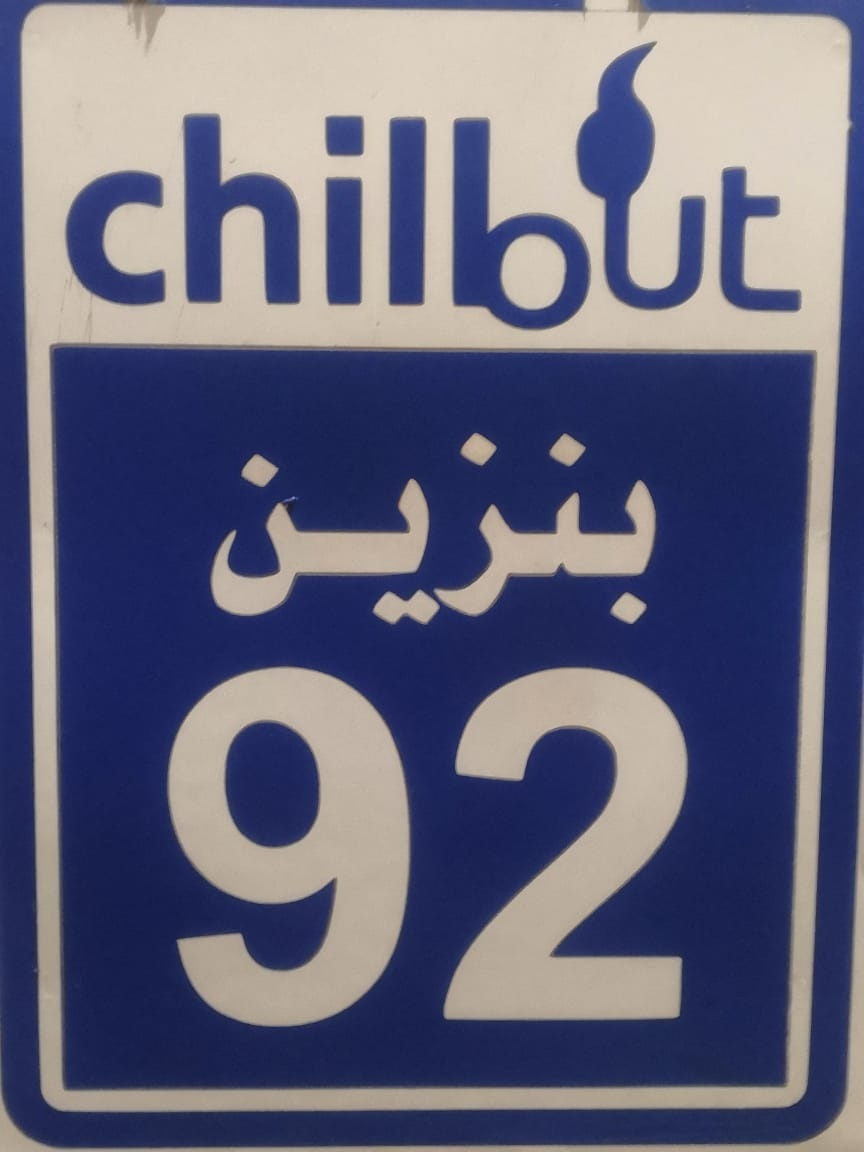
Text in image: بنزين chillout 92